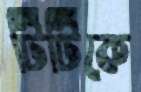
টিটিকে